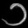
Digit: ၁